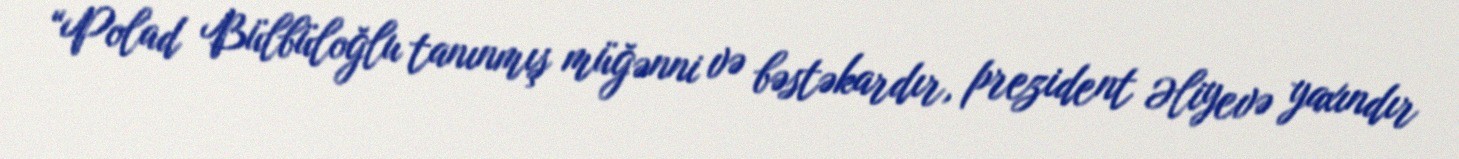
“Polad Bülbüloğlu tanınmış müğənni və bəstəkardır, prezident Əliyevə yaxındır